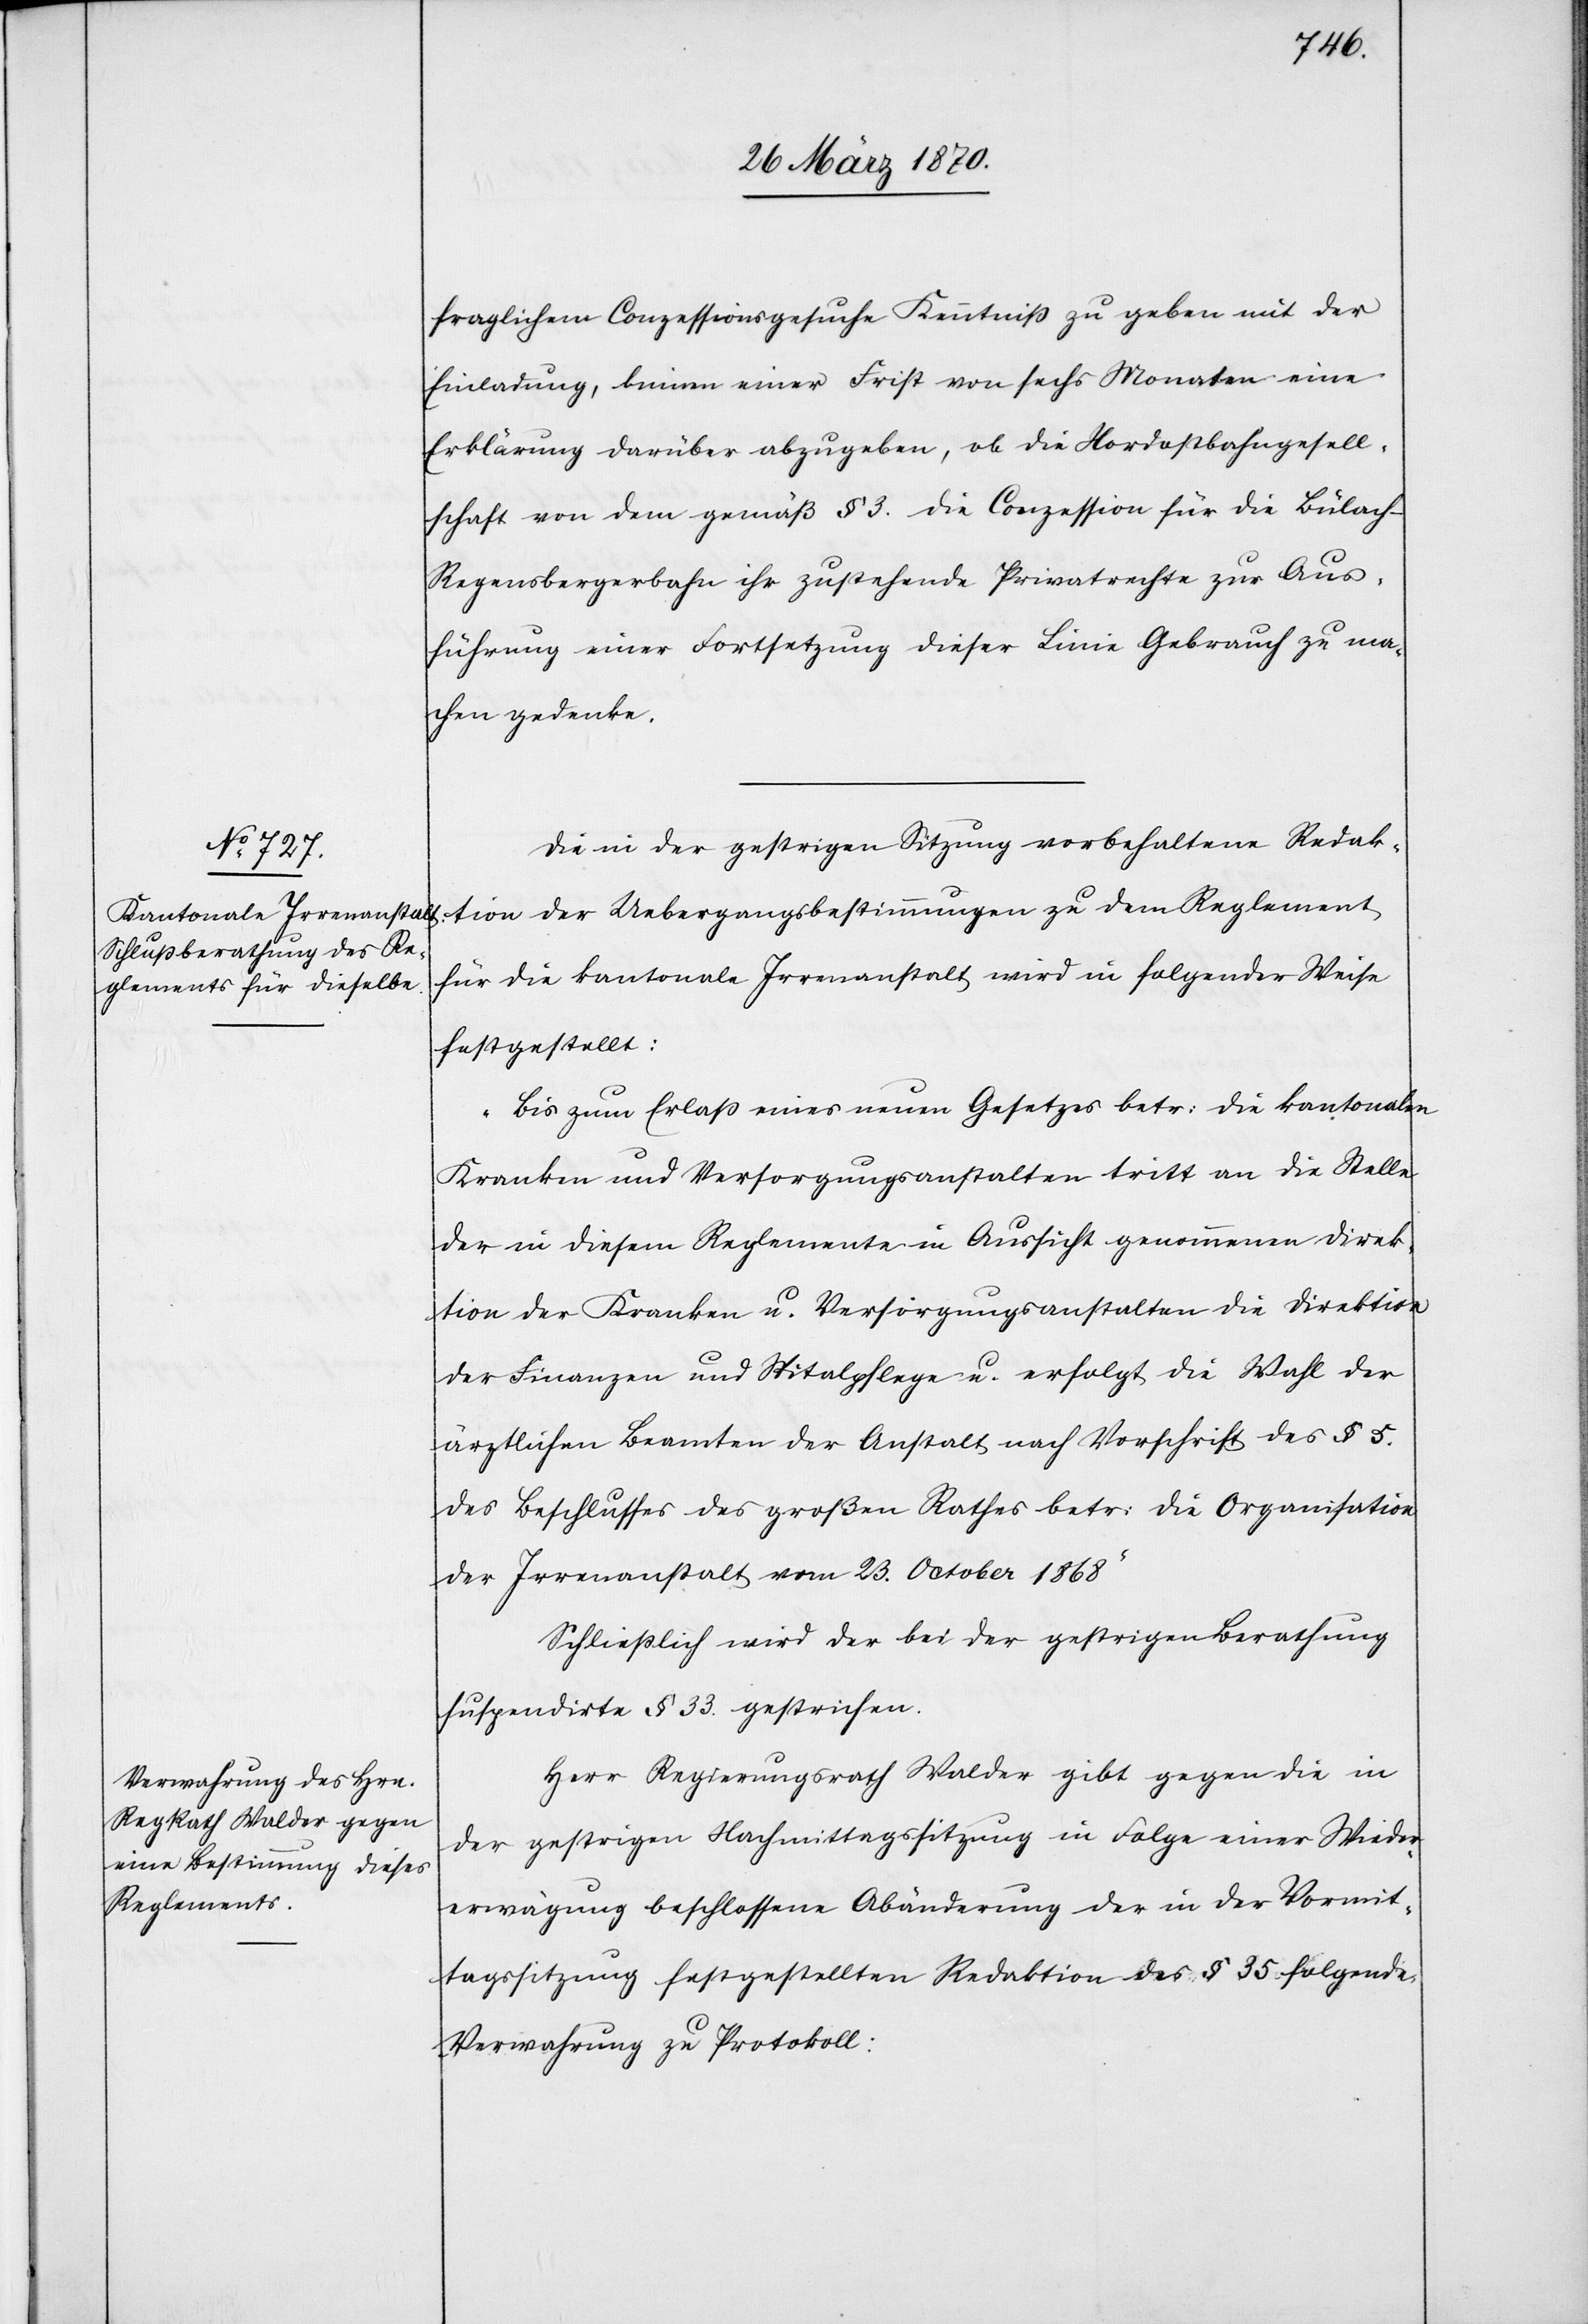
fraglichem Conzessionsgesuche Kenntniß zu geben mit der
Einladung, binnen einer Frist von sechs Monaten eine
Erklärung darüber abzugeben, ob die Nordostbahngesell¬
schaft von dem gemäß § 3. die [sic!] Conzession für die Bülac¬
h–Regensbergerbahn ihr zustehende Privatrechte zur Aus¬
führung einer Fortsetzung dieser Linie Gebrauch zu ma¬
chen gedenke.
Die in der gestrigen Sitzung vorbehaltene Redak¬
tion der Uebergangsbestimmungen zu dem Reglement
für die kantonale Irrenanstalt wird in folgender Weise
festgestellt:
„Bis zum Erlaß eines neuen Gesetzes betr: die kantonalen
Kranken[-] und Versorgungsanstalten tritt an die Stelle
der in diesem Reglemente in Aussicht genommenen Direk¬
tion der Kranken[-] und Versorgungsanstalten die Direktion
der Finanzen und Spitalpflege u. erfolgt die Wahl der
ärztlichen Beamten der Anstalt nach Vorschrift des § 5.
des Beschlusses des großen Rathes betr: die Organisation
der Irrenanstalt vom 23. October 1868.“
Schließlich wird der bei der gestrigen Berathung
suspendirte § 33. gestrichen.
Herr Regierungsrath Walder gibt gegen die in
der gestrigen Nachmittagssitzung in Folge einer Wieder¬
erwägung beschlossene Abänderung der in der Vormit¬
tagssitzung festgestellten Redaktion des § 35 folgende
Verwahrung zu Protokoll: